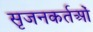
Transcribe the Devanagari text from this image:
सृजनकर्तओं